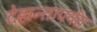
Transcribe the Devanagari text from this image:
देहान्तापर्यंत